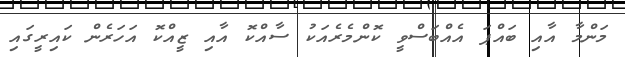
މަންމާ އާއި ބައްޕަ އެއްބަސްވީ ކޮންމެރެއަކު ސާއްކޮ އާއި ޒީއްކޮ އަހަރެން ކައިރީގައި